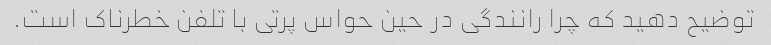
توضیح دهید که چرا رانندگی در حین حواس پرتی با تلفن خطرناک است.